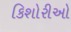
કિશોરીઓ